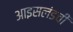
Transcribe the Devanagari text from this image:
आइसलंडची